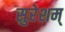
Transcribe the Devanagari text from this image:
सुरेशम्‌